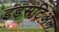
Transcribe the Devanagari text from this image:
इंडसट्रिअल